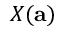
X ( \mathbf { a } )